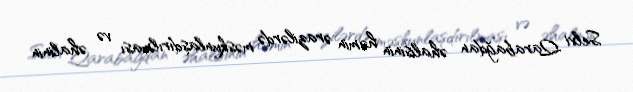
Selvi Qarabağdan əhalisinin həmin ərazilərdə məskunlaşdırılması və əhalinin